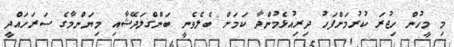
މި މީހުން ހިޖުރަ ކުރުމަށްފަހު ދިރިއުޅެމުންދާ ކަމަށް ބެލެވެނީ ބަންގްލަދޭޝާއި މިޔަންމާގެ ސަރަހައްދީ